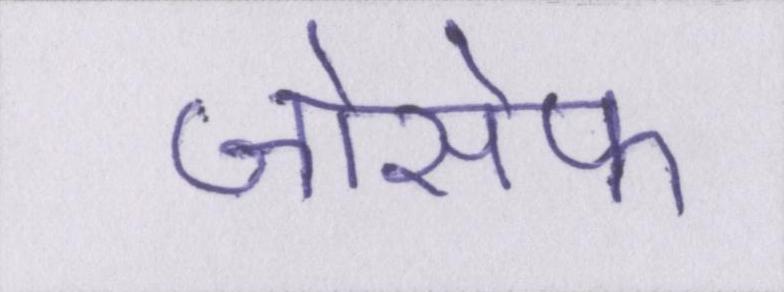
जोसेफ